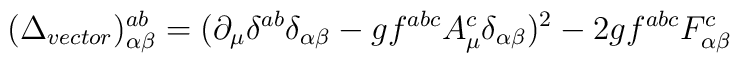
(\Delta_{vector})^{ab}_{\alpha \beta}=(\partial_{\mu}\delta^{ab}\delta_{\alpha \beta}-gf^{abc}A^{c}_{\mu}\delta_{\alpha \beta})^{2}-2gf^{abc}F^{c}_{\alpha \beta}